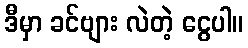
ဒီမှာ ခင်ဗျား လဲတဲ့ ငွေပါ။